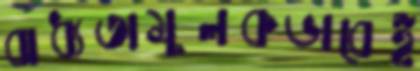
বাধ্যতামূলকভাবেই